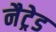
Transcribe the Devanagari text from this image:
नैट्रेड